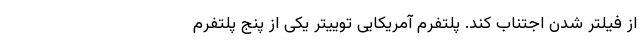
از فیلتر شدن اجتناب کند. پلتفرم آمریکایی توییتر یکی از پنج پلتفرم